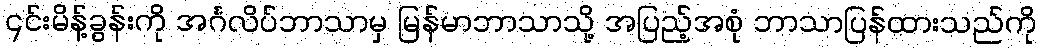
၎င်းမိန့်ခွန်းကို အင်္ဂလိပ်ဘာသာမှ မြန်မာဘာသာသို့ အပြည့်အစုံ ဘာသာပြန်ထားသည်ကို